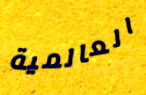
العالمية